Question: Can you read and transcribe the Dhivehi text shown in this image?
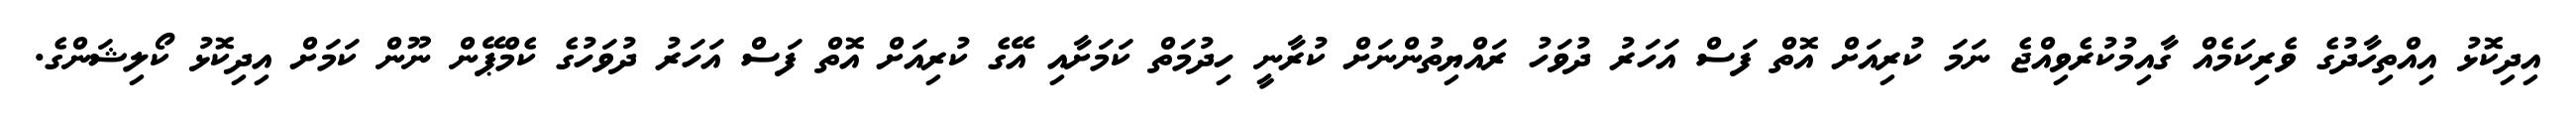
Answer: އިދިކޮޅު އިއްތިހާދުގެ ވެރިކަމެއް ގާއިމުކުރެވިއްޖެ ނަމަ ކުރިއަށް އޮތް ފަސް އަހަރު ދުވަހު ރައްޔިތުންނަށް ކުރާނީ ހިދުމަތް ކަމަށާއި އޭގެ ކުރިއަށް އޮތް ފަސް އަހަރު ދުވަހުގެ ކެމްޕޭން ނޫން ކަމަށް އިދިކޮޅު ކޯލިޝަންގެ.